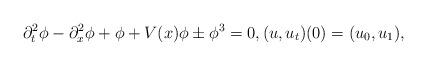
LaTeX: \begin{align*}\partial_t^2 \phi - \partial_x^2\phi + \phi + V(x)\phi \pm \phi^3=0, (u,u_t)(0)=(u_0,u_1),\end{align*}